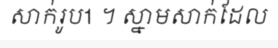
សាក់រូប1 ។ ស្នាមសាក់ដែល